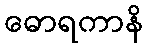
ဓောရကာနိ